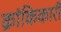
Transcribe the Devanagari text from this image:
क्रांकिकारी